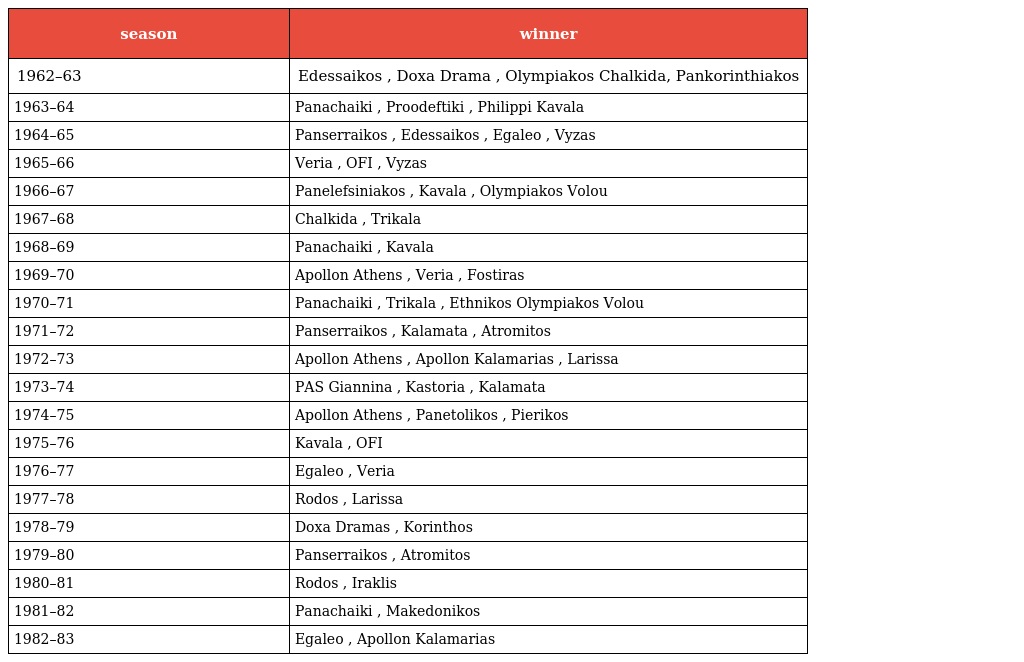
| season | winner |
 | --- | --- |
 | 1962–63 | Edessaikos , Doxa Drama , Olympiakos Chalkida, Pankorinthiakos |
 | 1963–64 | Panachaiki , Proodeftiki , Philippi Kavala |
 | 1964–65 | Panserraikos , Edessaikos , Egaleo , Vyzas |
 | 1965–66 | Veria , OFI , Vyzas |
 | 1966–67 | Panelefsiniakos , Kavala , Olympiakos Volou |
 | 1967–68 | Chalkida , Trikala |
 | 1968–69 | Panachaiki , Kavala |
 | 1969–70 | Apollon Athens , Veria , Fostiras |
 | 1970–71 | Panachaiki , Trikala , Ethnikos Olympiakos Volou |
 | 1971–72 | Panserraikos , Kalamata , Atromitos |
 | 1972–73 | Apollon Athens , Apollon Kalamarias , Larissa |
 | 1973–74 | PAS Giannina , Kastoria , Kalamata |
 | 1974–75 | Apollon Athens , Panetolikos , Pierikos |
 | 1975–76 | Kavala , OFI |
 | 1976–77 | Egaleo , Veria |
 | 1977–78 | Rodos , Larissa |
 | 1978–79 | Doxa Dramas , Korinthos |
 | 1979–80 | Panserraikos , Atromitos |
 | 1980–81 | Rodos , Iraklis |
 | 1981–82 | Panachaiki , Makedonikos |
 | 1982–83 | Egaleo , Apollon Kalamarias |